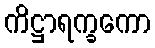
ကိဋ္ဌာရက္ခကော